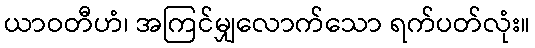
ယာဝတီဟံ၊ အကြင်မျှလောက်သော ရက်ပတ်လုံး။